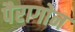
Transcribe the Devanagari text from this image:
पैरागोन